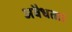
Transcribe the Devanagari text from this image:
अवैधता।